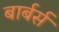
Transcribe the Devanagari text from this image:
बार्बर्स